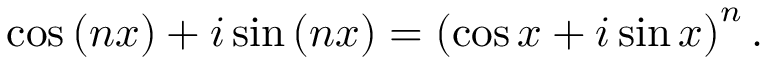
\cos \left( n x \right) + i \sin \left( n x \right) = \left( \cos x + i \sin x \right) ^ { n } .